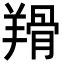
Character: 𦎰